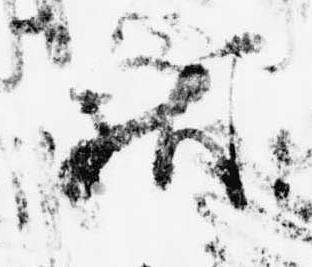
献